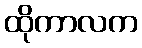
ထိုကာလက